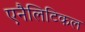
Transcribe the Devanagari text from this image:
एनैलिटिकल